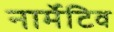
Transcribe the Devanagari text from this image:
नार्मेटिव